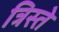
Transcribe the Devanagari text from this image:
त्रिस्ते